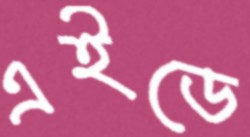
এইডে